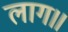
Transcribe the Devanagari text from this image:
लाग॥